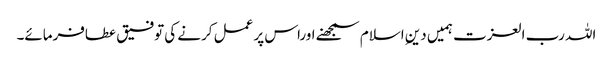
اللہ رب العزت ہمیں دینِ اسلام سمجھنے اوراس پر عمل کرنے کی توفیق عطافرمائے۔